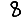
Digit: 8